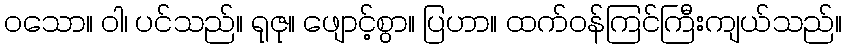
ဝသော။ ဝါ၊ ပင်သည်။ ရုဇု။ ဖျောင့်စွာ။ ပြဟာ။ ထက်ဝန်ကြင်ကြီးကျယ်သည်။